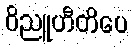
ဝိညူဟီတိပေ